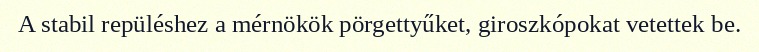
A stabil repüléshez a mérnökök pörgettyűket, giroszkópokat vetettek be.